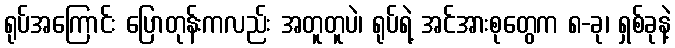
ရုပ်အကြောင်း ပြောတုန်းကလည်း အတူတူပဲ၊ ရုပ်ရဲ့ အင်အားစုတွေက ၈-ခု၊ ရှစ်ခုနဲ့